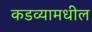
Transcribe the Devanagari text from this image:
कडव्यामधील